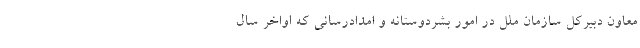
معاون دبیرکل سازمان ملل در امور بشردوستانه و امدادرسانی که اواخر سال